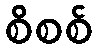
စိစစ်